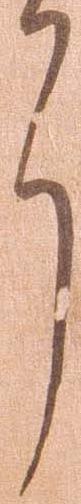
了